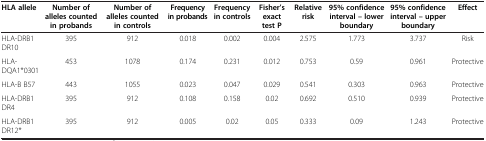
<table><thead><tr><td><b>HLA allele</b></td><td><b>Number of alleles counted in probands</b></td><td><b>Number of alleles counted in controls</b></td><td><b>Frequency in probands</b></td><td><b>Frequency in controls</b></td><td><b>Fisher’s exact test P</b></td><td><b>Relative risk</b></td><td><b>95% confidence interval – lower boundary</b></td><td><b>95% confidence interval – upper boundary</b></td><td><b>Effect</b></td></tr></thead><tbody><tr><td>HLA-DRB1 DR10</td><td>395</td><td>912</td><td>0.018</td><td>0.002</td><td>0.004</td><td>2.575</td><td>1.773</td><td>3.737</td><td>Risk</td></tr><tr><td>HLA-DQA1*0301</td><td>453</td><td>1078</td><td>0.174</td><td>0.231</td><td>0.012</td><td>0.753</td><td>0.59</td><td>0.961</td><td>Protective</td></tr><tr><td>HLA-B B57</td><td>443</td><td>1055</td><td>0.023</td><td>0.047</td><td>0.029</td><td>0.541</td><td>0.303</td><td>0.963</td><td>Protective</td></tr><tr><td>HLA-DRB1 DR4</td><td>395</td><td>912</td><td>0.108</td><td>0.158</td><td>0.02</td><td>0.692</td><td>0.510</td><td>0.939</td><td>Protective</td></tr><tr><td>HLA-DRB1 DR12*</td><td>395</td><td>912</td><td>0.005</td><td>0.02</td><td>0.05</td><td>0.333</td><td>0.09</td><td>1.243</td><td>Protective</td></tr></tbody></table>